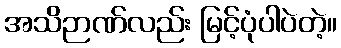
အသိဉာဏ်လည်း မြင့်ပုံပါပဲတဲ့။